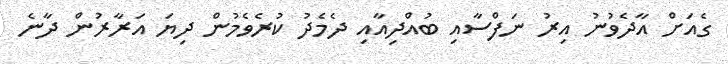
ގެއަށް އާދެވުނު އިރު ނަފްސާއި ބުއްދިއާއި ދެމެދު ކުރެވެމުން ދިޔަ އަރާރުން ދާނެ